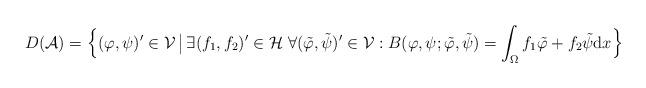
LaTeX: \begin{align*}D(\mathcal{A}) = \Big\{(\varphi, \psi)' \in \mathcal{V} \,\big|\,\exists (f_{1}, f_{2})' \in \mathcal{H} \; \forall (\tilde{\varphi}, \tilde{\psi})' \in \mathcal{V}:B(\varphi, \psi; \tilde{\varphi}, \tilde{\psi}) = \int_{\Omega} f_{1} \tilde{\varphi} + f_{2} \tilde{\psi} \mathrm{d} x \Big\}\end{align*}